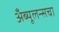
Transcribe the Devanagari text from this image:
अँब्यूलन्सचा